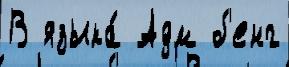
В языка́ Адм б'енг